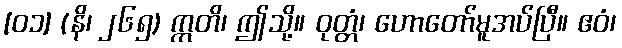
[၀၁] (နိ၊ ၂၆၅) ဣတိ၊ ဤသို့။ ဝုတ္တံ၊ ဟောတော်မူအပ်ပြီ။ ဧဝံ၊